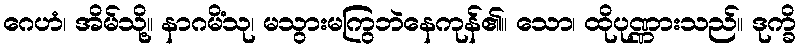
ဂေဟံ၊ အိမ်သို့။ နာဂမိံသု၊ မသွားမကြွဘဲနေကုန်၏။ သော၊ ထိုပုဏ္ဏားသည်။ ဒုက္ခိ